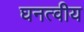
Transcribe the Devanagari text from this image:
घनत्वीय